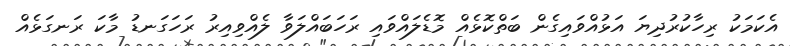
އެކަމަކު ރިހާކުރުދިޔަ އަޅުއްވައިގެން ބަތްކޮޅެއް މޮޑެލައްވައި ރަހަބައްލަވާ ލެއްވިއިރު ރަހަގަނޑު މާކަ ރަނގަޅެއް